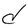
Character: d